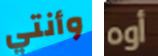
وأنتي أوه